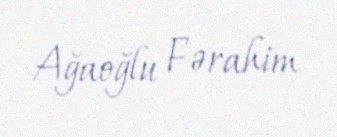
Ağaoğlu Fərahim